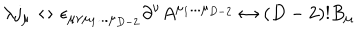
\lambda j _ { \mu } \leftrightarrow \epsilon _ { \mu \nu \mu _ { 1 } . . . \mu _ { D - 2 } } \partial ^ { \nu } A ^ { \mu _ { 1 } . . . \mu _ { D - 2 } } \leftrightarrow ( D - 2 ) ! B _ { \mu }